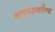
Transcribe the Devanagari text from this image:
आयुर्वेदमार्तण्ड